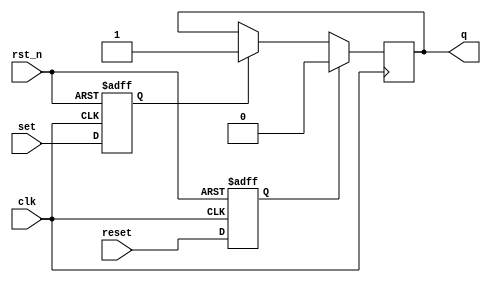
module sr_flipflop(
    input wire rst_n,
    input wire clk,
    input wire set,
    input wire reset,
    output reg q
);

reg d1, d2;

always @(posedge clk or negedge rst_n) begin
    if(~rst_n) begin
        d1 <= 1'b0;
        d2 <= 1'b0;
    end
    else begin
        d1 <= set;
        d2 <= reset;
    end
end

always @(posedge clk) begin
    if(d2) begin
        q <= 1'b0;
    end
    else if(d1) begin
        q <= 1'b1;
    end
end

endmodule